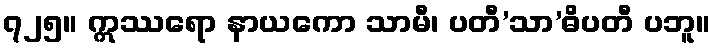
၇၂၅။ ဣဿရော နာယကော သာမီ၊ ပတီ’သာ’ဓိပတီ ပဘူ။